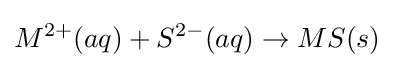
M^{2+}(aq)+S^{2-}(aq)\rightarrow MS(s)